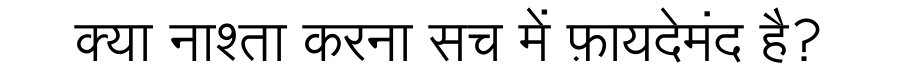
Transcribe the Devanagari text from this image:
क्या नाश्ता करना सच में फ़ायदेमंद है?